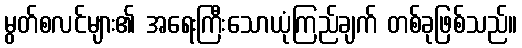
မွတ်စလင်များ၏ အရေးကြီးသောယုံကြည်ချက် တစ်ခုဖြစ်သည်။